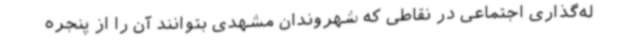
له‌گذاری اجتماعی در نقاطی که شهروندان مشهدی بتوانند آن را از پنجره